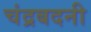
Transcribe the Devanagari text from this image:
चंद्रबदनी